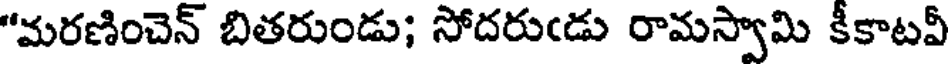
"మరణించెన్ బితరుండు; సోదరుఁడు రామస్వామి కీకాటవీ